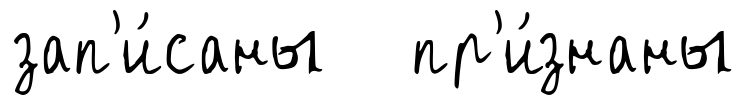
зап'и́саны пр'и́знаны